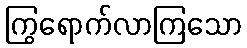
ကြွရောက်လာကြသော